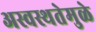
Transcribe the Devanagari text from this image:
अस्वस्थतेमुळे